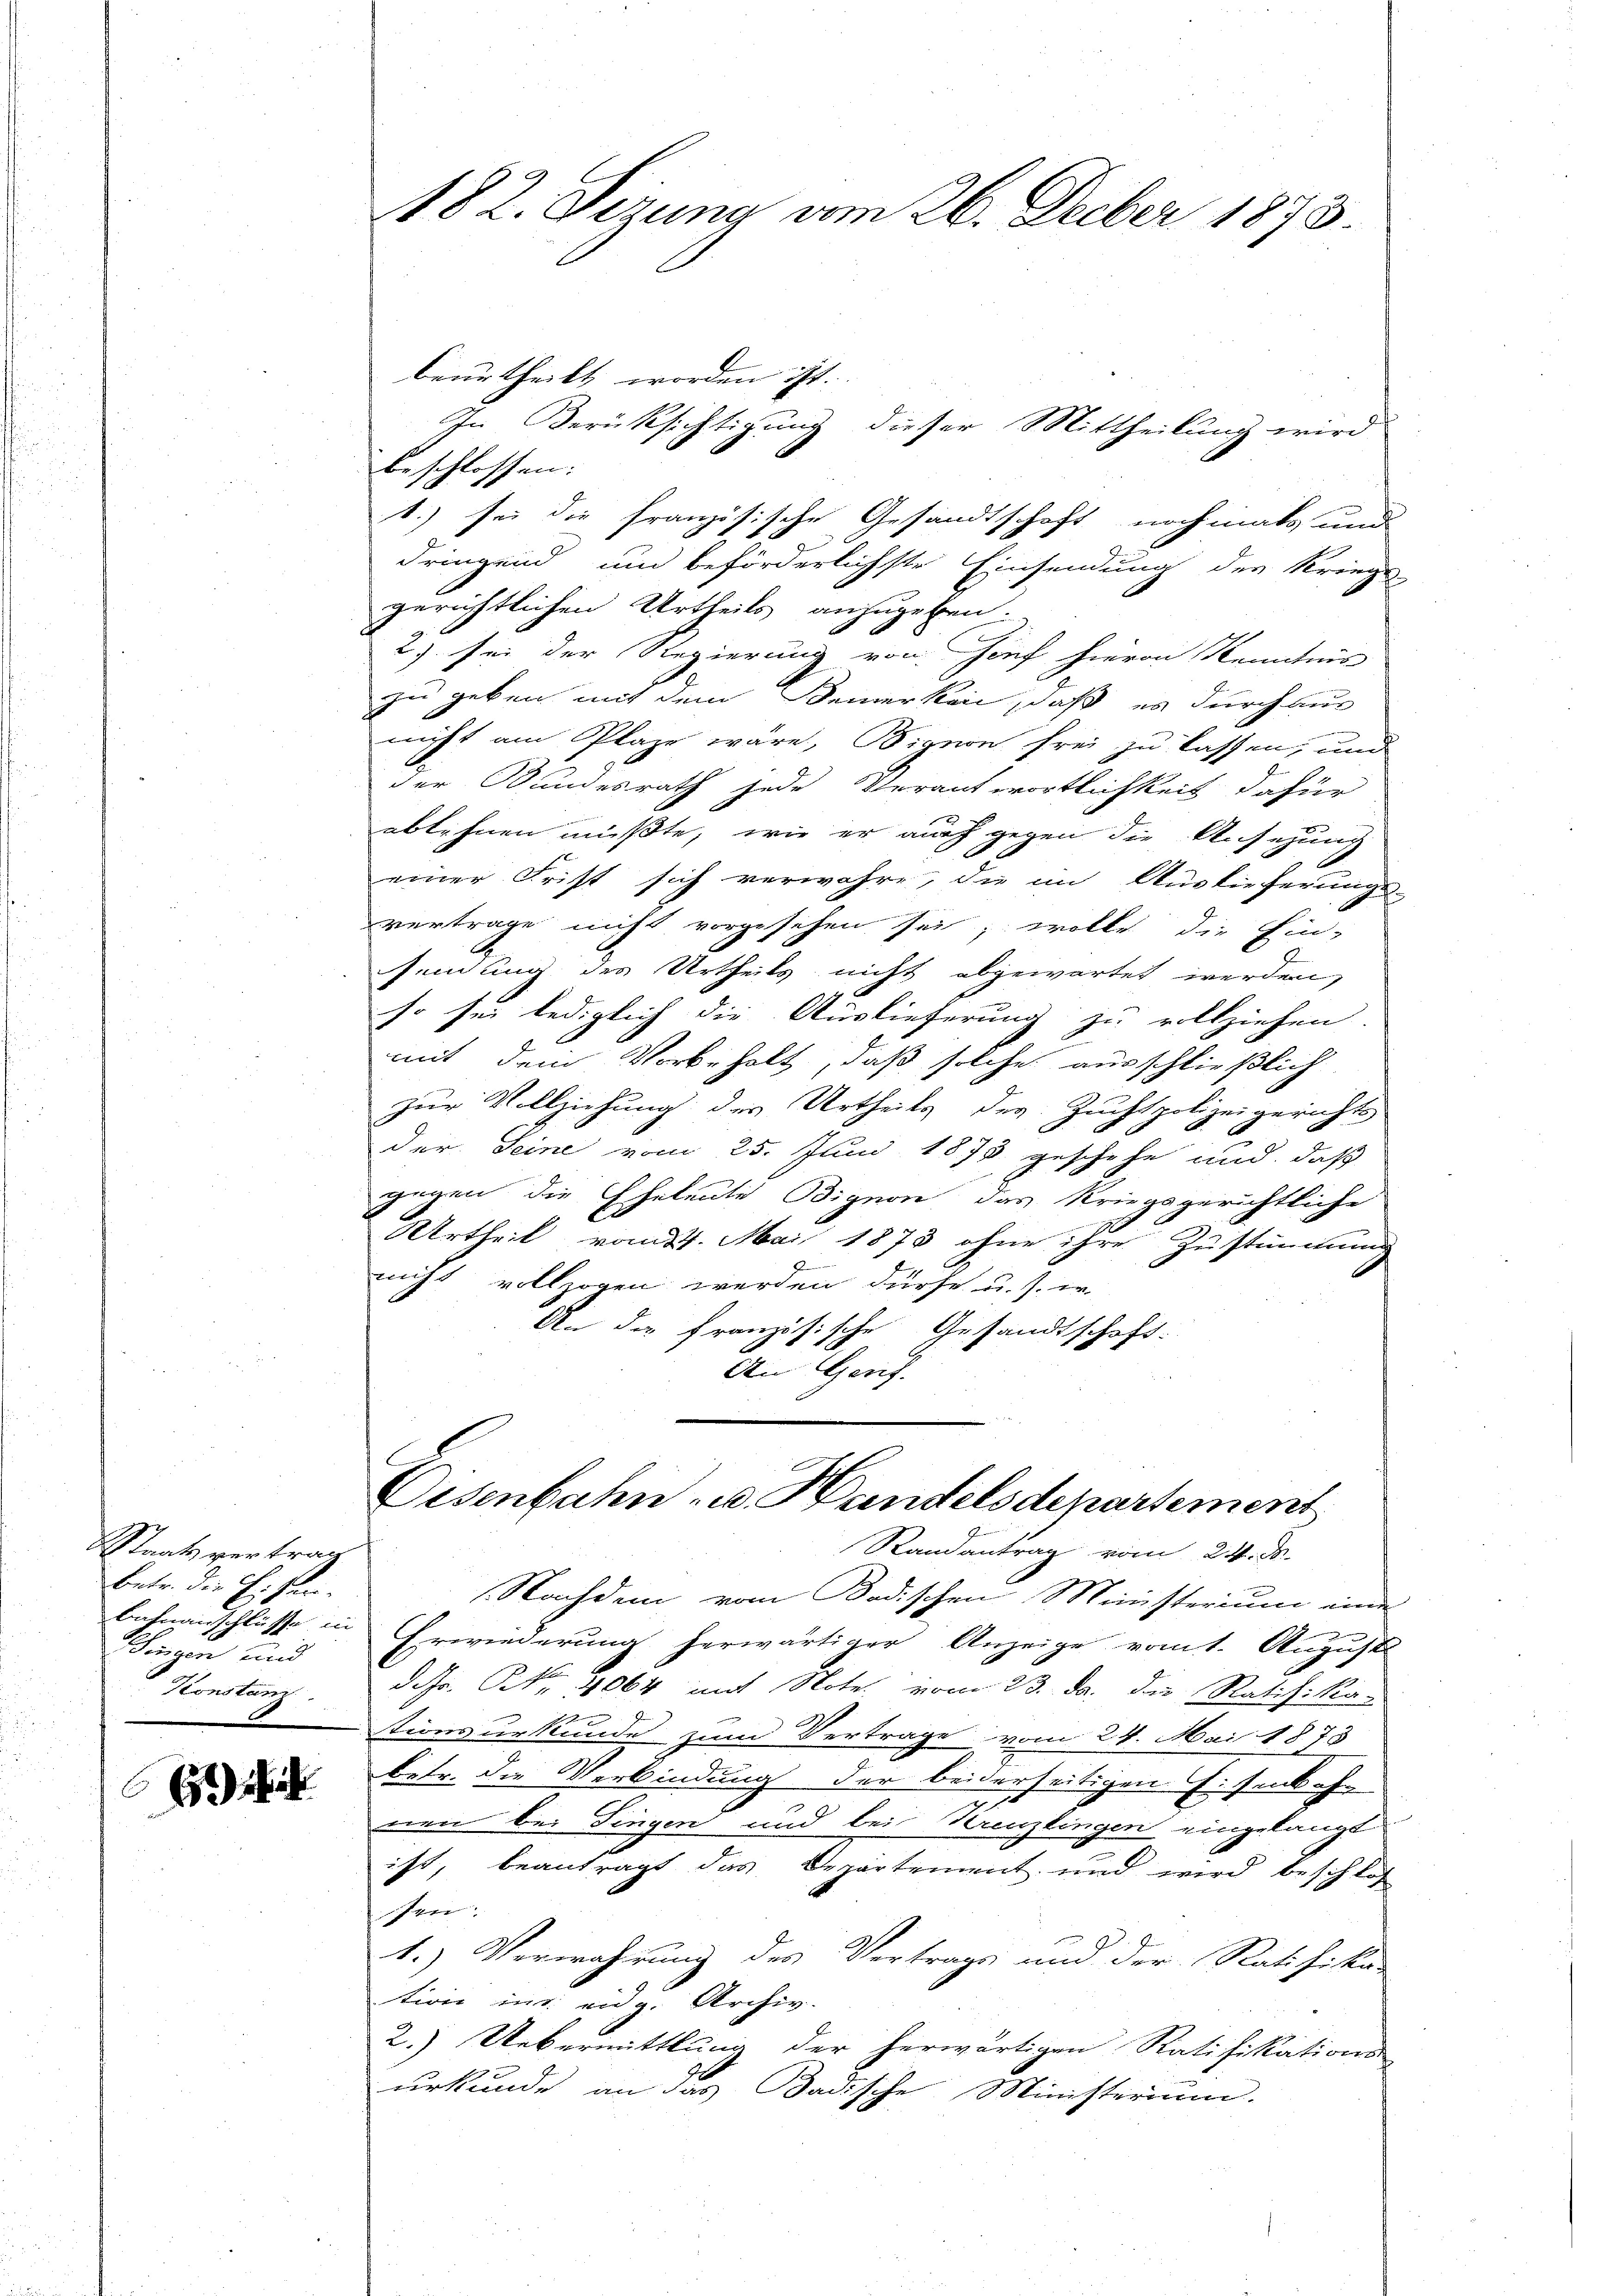
Staatsvertrag
Betr. die Eisen.
Schingen und
Konstanz

69 ff.

beurtheilt worden ist.
In Berücksichtigung dieser Mittheilung wird
beschlossen:
1.) sei die französische Gesandtschaft nochmals und
dringend um beförderlichste Einsendung der Kriegs-
gerichtlichen Urtheils anzugeben.
2) sei der Regierung von Zoef hievon Kenntnis
zu geben mit dem Bemerken, daß es durch aus
n
nicht am Plaze wäre, Bignon frei zu lassen, und
der Bundesrath jede Verantwortlichkeit dafür
ablehnen müßte, wie er auch gegen die Ansehung
einer Frist sich verwahre, die im Auslieferungs-
vertrage nicht vorgesehen sei; wolle die Ein-
sendung des Urtheils nicht abgewartet werden,
so sei lediglich die Auslieferung zu vollziehen.
mit dem Vorbeholt, daß solche ausschließlich
zur Vollziehung des Urtheils der Zuchtpolizeigerichts
der Seine vom 25. Juni 1873 geschehe und daß
gegen die Eheleute Bignon, das kriegsgerichtliche
Urtheil vom 24. Mai 1873 ohne ihre Zustimmung
f
nicht vollzogen werden dürfe u. s. er
An die französische Gesandtschaft.
An Genf.

182. Sizung vom 26. Decber 1873.

Eisenbahn u. Handelsdepartement
Randantrag vom 24. d.

Nachdem vom Badischen Ministerium eine

Bahnanschlüsse in Erwiederung herwärtiger Anzeige vom 1. August
d. M. Nr. 4064 mit Note vom 23. da die Ratifika-
u
tionsurkunde zum Vertrage vom 24. Mai 1873
betr. die Verbindung der beiderseitigen Eisenbahn
een bei Dingen und bei Kreuzlingen eingelangt
ist, beantragt das Departement und wird beschlos
sen.
1.) Verwahrung des Vertrags und der Ratifika-
tion im eidg. Archiv.
2.) Uebermittlung der herwärtigen Ratifikations
urkunde an das Badische Ministerium.